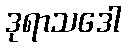
ဒုရာသဒေါ